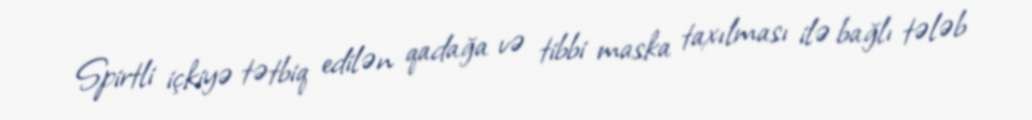
Spirtli içkiyə tətbiq edilən qadağa və tibbi maska taxılması ilə bağlı tələb